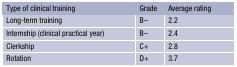
| Type of clinical training | Grade | Average rating |
 | --- | --- | --- |
 | Long-term training | B− | 2.2 |
 | Internship (clinical practical year) | B− | 2.4 |
 | Clerkship | C+ | 2.8 |
 | Rotation | D+ | 3.7 |